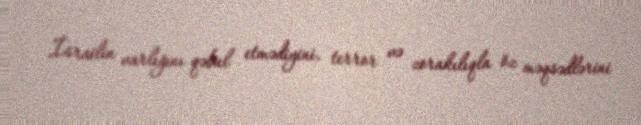
İsrailin varlığını qəbul etmədiyini, terror və zorakılıqla öz məqsədlərini